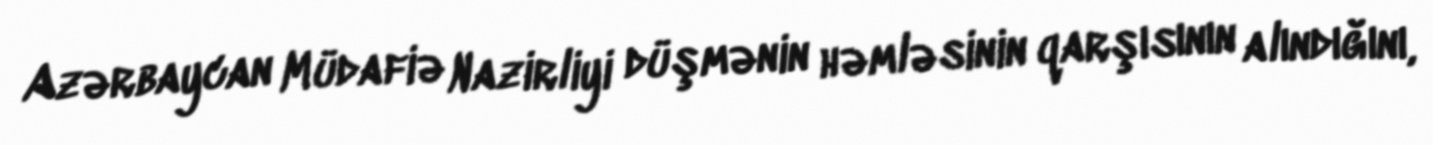
Azərbaycan Müdafiə Nazirliyi düşmənin həmləsinin qarşısının alındığını,